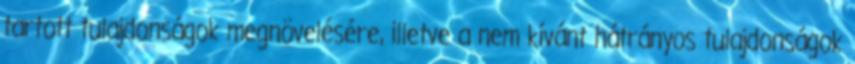
tartott tulajdonságok megnövelésére, illetve a nem kívánt hátrányos tulajdonságok